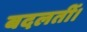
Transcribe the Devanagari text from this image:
बदलतीं।